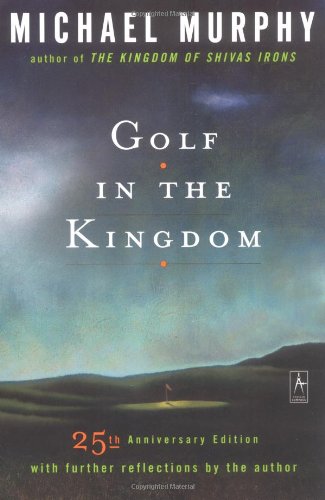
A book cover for Golf in the Kingdom; Michael J. Murphy; Literature & Fiction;